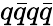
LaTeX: q\bar{q}q\bar{q}